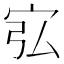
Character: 宖